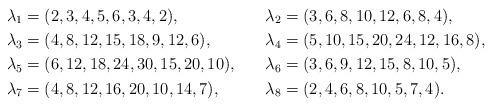
LaTeX: \begin{align*}\lambda_1 &= (2,3,4,5,6,3,4,2),&\lambda_2 &= (3,6,8,10,12,6,8,4),\\\lambda_3 &= (4,8,12,15,18,9,12,6),&\lambda_4 &= (5,10,15,20,24,12,16,8),\\\lambda_5 &= (6,12,18,24,30,15,20,10),&\lambda_6 &= (3,6,9,12,15,8,10,5),\\\lambda_7 &= (4,8,12,16,20,10,14,7),&\lambda_8 &= (2,4,6,8,10,5,7,4).\end{align*}